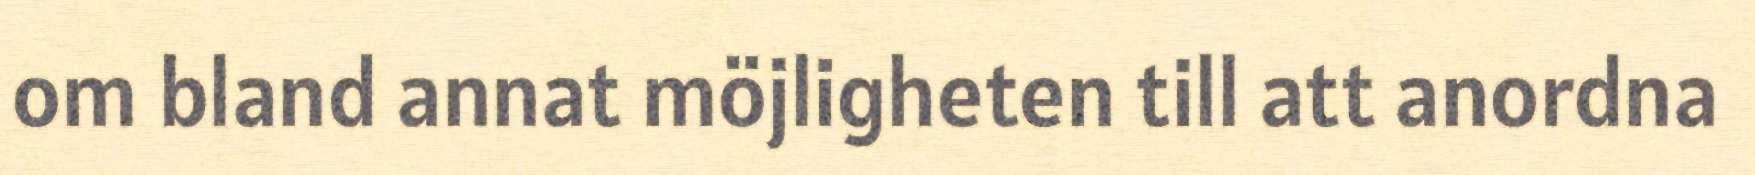
om bland annat möjligheten till att anordna